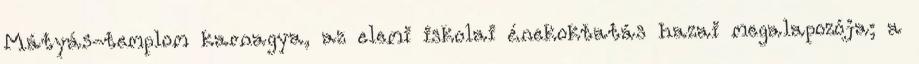
Mátyás-templom karnagya, az elemi iskolai énekoktatás hazai megalapozója; a